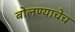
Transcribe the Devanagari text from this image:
बोलण्याचेच